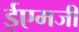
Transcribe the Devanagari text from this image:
ईएमजी